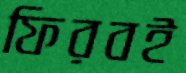
ফিরবই